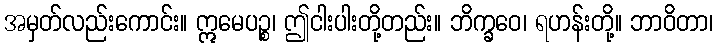
အမှတ်လည်းကောင်း။ ဣမေပဉ္စ၊ ဤငါးပါးတို့တည်း။ ဘိက္ခဝေ၊ ရဟန်းတို့။ ဘာဝိတာ၊